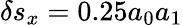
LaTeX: \delta s_{x}=0.25a_{0}a_{1}